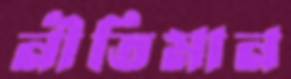
নীতিমান